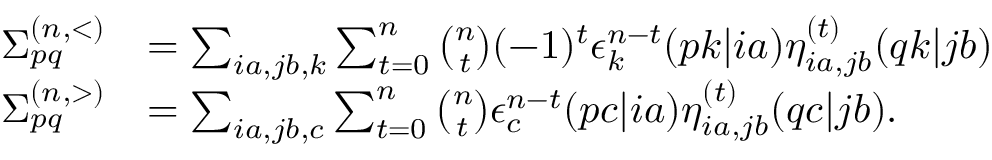
\begin{array} { r l } { \Sigma _ { p q } ^ { ( n , < ) } } & { = \sum _ { i a , j b , k } \sum _ { t = 0 } ^ { n } \binom { n } { t } ( - 1 ) ^ { t } \epsilon _ { k } ^ { n - t } ( p k | i a ) \eta _ { i a , j b } ^ { ( t ) } ( q k | j b ) } \\ { \Sigma _ { p q } ^ { ( n , > ) } } & { = \sum _ { i a , j b , c } \sum _ { t = 0 } ^ { n } \binom { n } { t } \epsilon _ { c } ^ { n - t } ( p c | i a ) \eta _ { i a , j b } ^ { ( t ) } ( q c | j b ) . } \end{array}